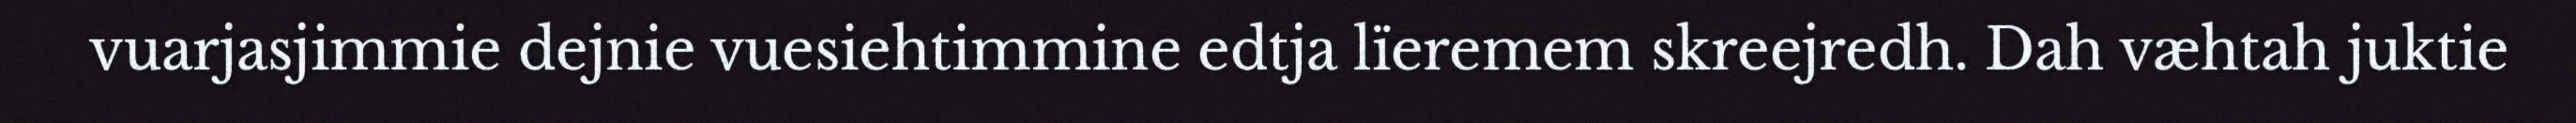
vuarjasjimmie dejnie vuesiehtimmine edtja lïeremem skreejredh. Dah væhtah juktie